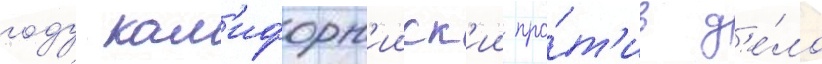
году кал'ифорн'ииск'ии про́т'ив д'е́ло